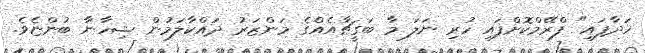
ހަދާފައި" ފްރޭމްކޮށްފައި ހުރި ނަލަ މާ ބަގީޗާއެއްގެ މަންޒަރު ދައްކާލަމުން ޝިހާނާ ބުންޏެވެ.